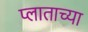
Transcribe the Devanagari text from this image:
प्लाताच्या